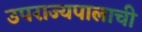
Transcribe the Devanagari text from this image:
उपराज्यपालाची